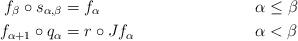
LaTeX: \begin{align*}f_\beta \circ s_{\alpha, \beta} & = f_\alpha && \alpha \le \beta \\f_{\alpha+1} \circ q_\alpha & = r \circ J f_\alpha && \alpha < \beta\end{align*}